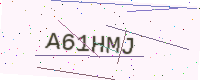
Text: A61HMJ